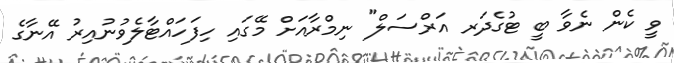
ވީ ކެން ނެވާ ބީ ޓުގެދަރ އަރްސަލް" ނިމްރާއަށް މޭގައި ހިފަހައްޓާލެވުނުއިރު އޭނާގެ